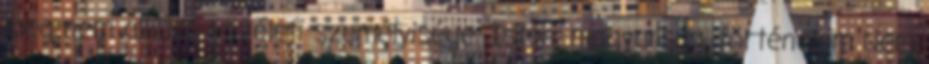
meg nem alkuvó közéleti személyisége. Isten, magyarság, történelem Nem